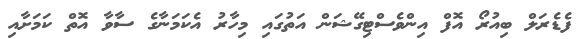
ފެޑެރަލް ބިއުރޯ އޮފް އިންވެސްޓިގޭޝަން އަތުގައި މިހާރު އެކަމަނާގެ ސާވާ އޮތް ކަމަށާއި